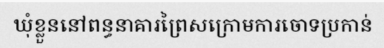
ឃុំខ្លួននៅពន្ធនាគារព្រៃសក្រោមការចោទប្រកាន់